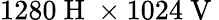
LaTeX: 1280\mathrm{~H~}\times 1024\mathrm{~V~}